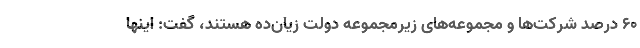
60 درصد شرکت‌ها و مجموعه‌های زیرمجموعه دولت زیان‌ده هستند، گفت: اینها